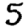
Digit: 5